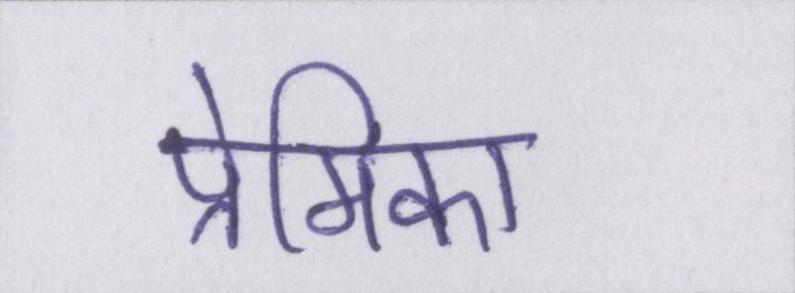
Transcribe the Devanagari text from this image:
प्रेमिका